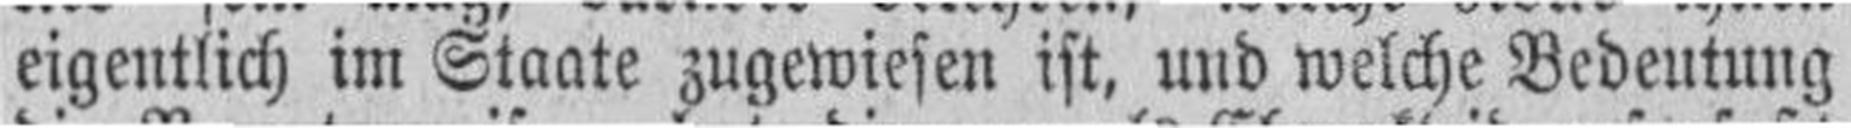
eigentlich im Staate zugewiesen ist, und welche Bedeutung